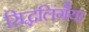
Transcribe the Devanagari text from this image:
सिद्धलिंगैया